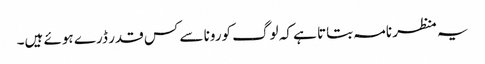
یہ منظر نامہ بتاتا ہے کہ لوگ کورونا سے کس قدر ڈرے ہوئے ہیں۔